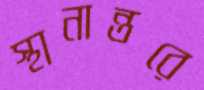
স্থানান্তরে